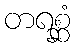
တရစ္ဆံ